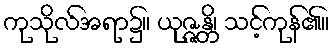
ကုသိုလ်အရာ၌။ ယုဇ္ဇန္တိ၊ သင့်ကုန်၏။